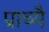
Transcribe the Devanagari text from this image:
प्राच्यै